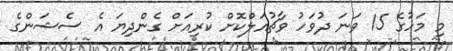
މި މަހުގެ 15 ވަނަ ދުވަހު ވާޗުއަލްކޮށް ކުރިއަށް ގެންދިޔަ އެ ސެޝަންގެ